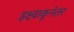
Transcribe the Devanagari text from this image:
इक्ष्वाकूनंतर